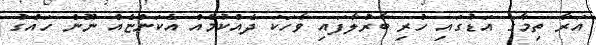
އަރާ ތިމާގެ އަޑުގައި ހުރި ބާރުލާފައި ވާހަކަ ދެއްކުމެއް އެކަންޏެއް ނޫން ހައްގު